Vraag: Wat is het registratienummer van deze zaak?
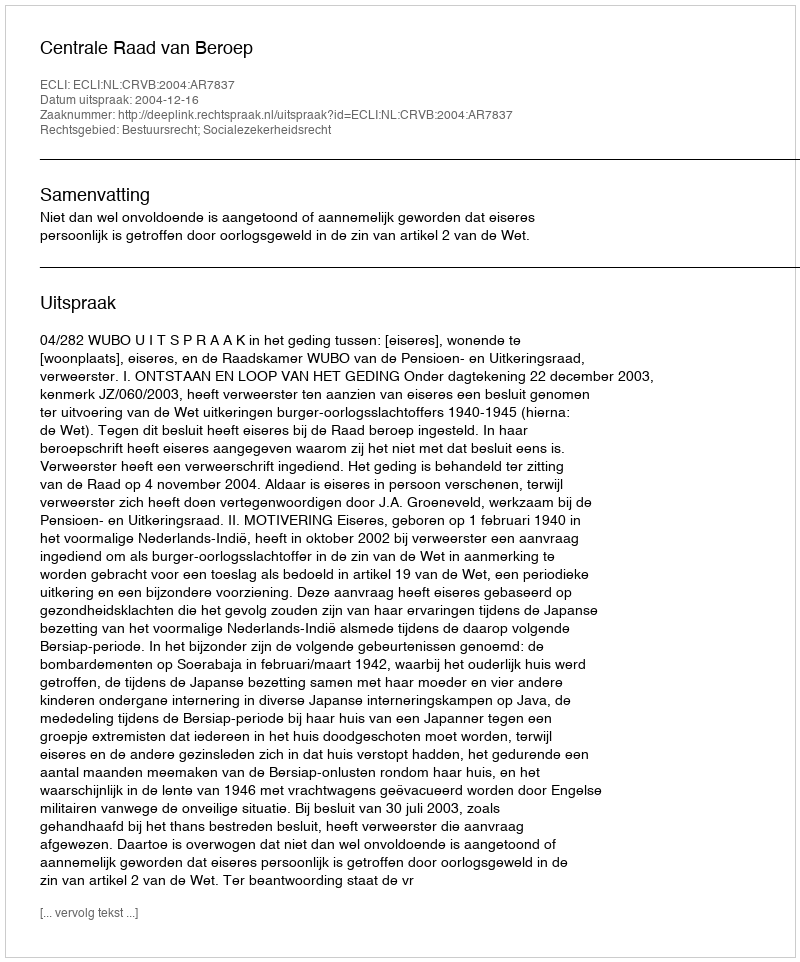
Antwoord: http://deeplink.rechtspraak.nl/uitspraak?id=ECLI:NL:CRVB:2004:AR7837